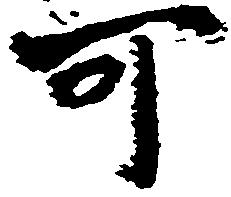
可